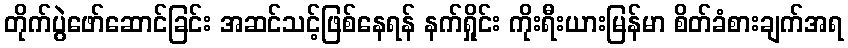
တိုက်ပွဲဖော်ဆောင်ခြင်း အဆင်သင့်ဖြစ်နေရန် နက်ရှိုင်း ကိုးရီးယားမြန်မာ စိတ်ခံစားချက်အရ